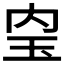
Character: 𤣼